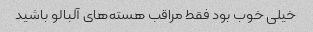
خیلی خوب بود فقط مراقب هسته‌های آلبالو باشید